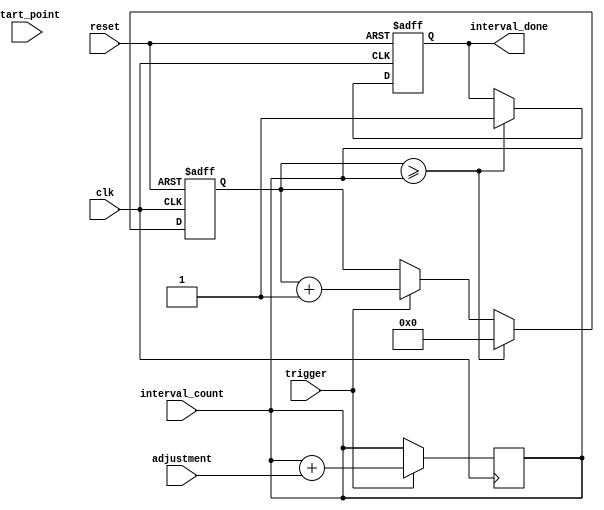
module IntervalTimer (
    input wire clk,  // User-defined clock signal
    input wire reset,  // Reset signal
    input wire trigger,  // External trigger signal
    input wire [15:0] interval_count,  // Specified interval count
    input wire [7:0] start_point,  // Starting point of interval
    input wire [7:0] adjustment,  // Adjustment for interval length

    output reg interval_done  // Output signal indicating interval completion
);

reg [15:0] count;
reg [7:0] interval_start;

always @(posedge clk or posedge reset) begin
    if (reset) begin
        count <= 16'h0000;
        interval_done <= 1'b0;
    end else begin
        if (trigger) begin
            count <= count + 1;
        end

        if (count >= interval_count) begin
            count <= 16'b0000;
            interval_done <= 1'b1;
        end
    end
end

always @(posedge clk) begin
    if (trigger) begin
        interval_start <= start_point;
        interval_count <= interval_count + adjustment;
    end else if (reset) begin
        interval_start <= 8'b0000;
    end
end

endmodule